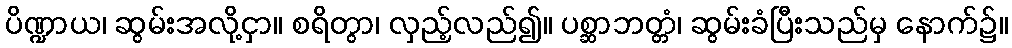
ပိဏ္ဍာယ၊ ဆွမ်းအလို့ငှာ။ စရိတွာ၊ လှည့်လည်၍။ ပစ္ဆာဘတ္တံ၊ ဆွမ်းခံပြီးသည်မှ နောက်၌။